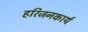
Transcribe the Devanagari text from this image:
हरिजनकार्य